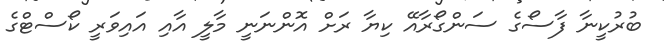
ބުރުކީނާ ފާސޯގެ ސަންގޯރާއޭ ކިޔާ ރަށް އޮންނަނީ މާލީ އާއި އައިވަރީ ކޯސްޓްގެ